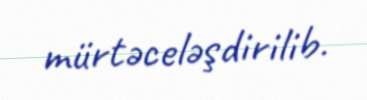
mürtəceləşdirilib.